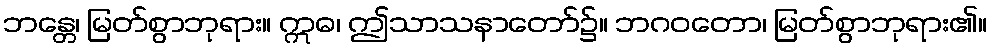
ဘန္တေ၊ မြတ်စွာဘုရား။ ဣဓ၊ ဤသာသနာတော်၌။ ဘဂဝတော၊ မြတ်စွာဘုရား၏။